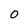
Character: 0